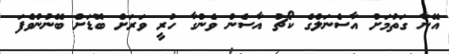
އޭނާ ގަތުމަށް އާސެނަލްގެ ކޯޗު އާސެން ވެންގާ ހުރީ ވަރަށް ބޮޑަށް ބޭނުންވެފަ